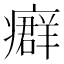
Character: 𤺽